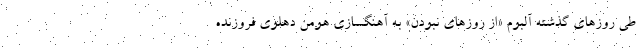
طی روزهای گذشته آلبوم «از روزهای نبودن» به آهنگسازی هومن دهلوی فروزنده